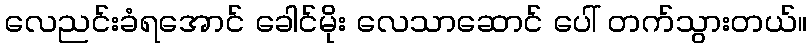
လေညင်းခံရအောင် ခေါင်မိုး လေသာဆောင် ပေါ် တက်သွားတယ်။